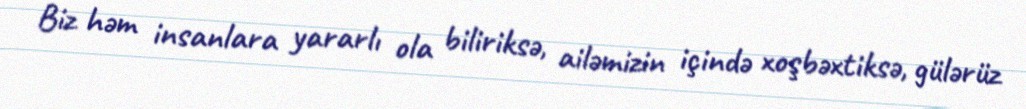
Biz həm insanlara yararlı ola biliriksə, ailəmizin içində xoşbəxtiksə, gülərüz